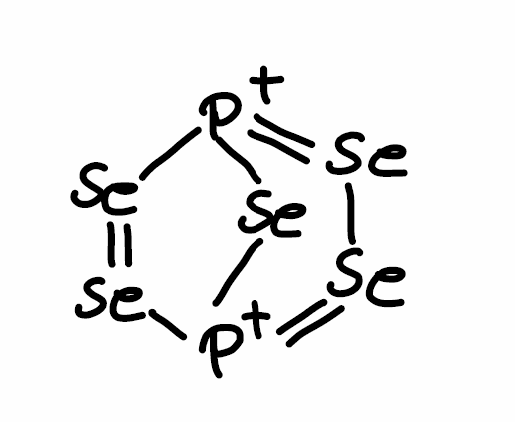
Simplified molecular-input line-entry system (SMILES) notation of the given molecule:
[P+]12=[Se][Se]=[P+]([Se]1)[Se]=[Se]2